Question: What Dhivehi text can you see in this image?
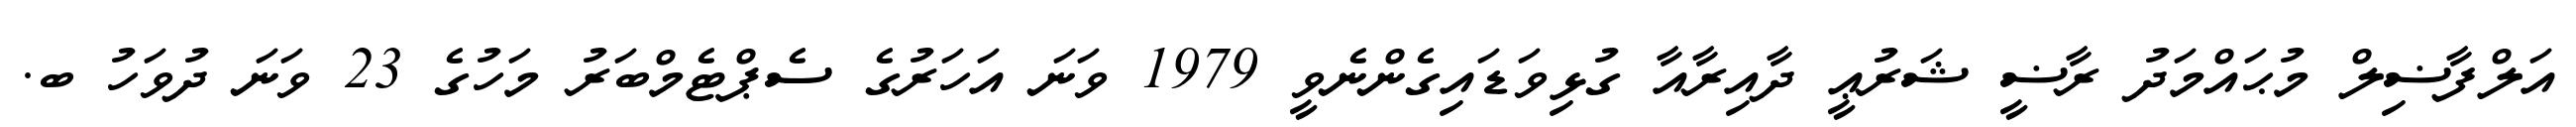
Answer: އަލްފާޟިލް މުޙައްމަދު ރާޟީ ޝަރުޢީ ދާއިރާއާ ގުޅިވަޑައިގެންނެވީ 1979 ވަނަ އަހަރުގެ ސެޕްޓެމްބަރު މަހުގެ 23 ވަނަ ދުވަހު ބ.